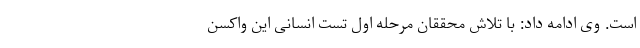
است. وی ادامه داد: با تلاش محققان مرحله اول تست انسانی این واکسن